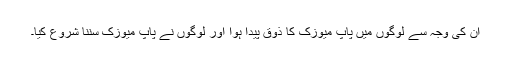
ان کی وجہ سے لوگوں میں پاپ میوزک کا ذوق پیدا ہوا اور لوگوں نے پاپ میوزک سننا شروع کیا۔